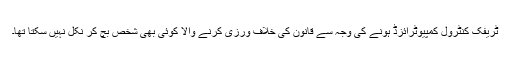
ٹریفک کنٹرول کمپیوٹرائزڈ ہونے کی وجہ سے قانون کی خلاف ورزی کرنے والا کوئی بھی شخص بچ کر نکل نہیں سکتا تھا۔